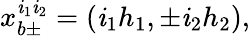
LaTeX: x_{b\pm}^{\mathit{i}_{1}\mathit{i}_{2}}=(\mathit{i}_{1}h_{1},\pm\mathit{i}_{2}h_{2}),